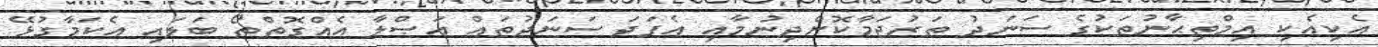
އެކިއެކި އިމްތިޙާނުތަކުގެ ސަނަދު ތަރުޖަމާކޮށްދިނުމާއި އެފަދަ ސަނަދުތައް އަޞްލާ އެއްގޮތްތޯ ބަލައި އެކަމާގުޅޭ